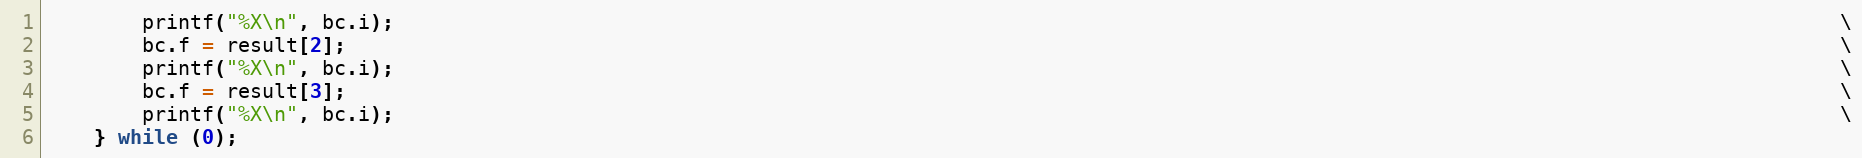
Language: C
        printf("%X\n", bc.i);                                                                                                                        \
        bc.f = result[2];                                                                                                                            \
        printf("%X\n", bc.i);                                                                                                                        \
        bc.f = result[3];                                                                                                                            \
        printf("%X\n", bc.i);                                                                                                                        \
    } while (0);